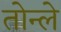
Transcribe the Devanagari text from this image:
तोन्ले